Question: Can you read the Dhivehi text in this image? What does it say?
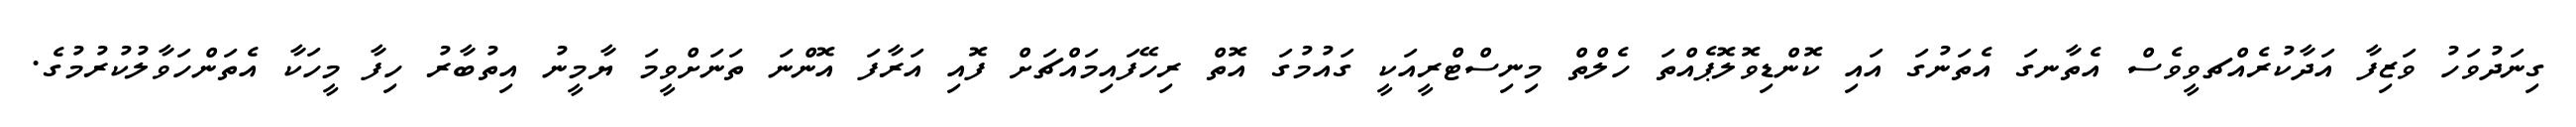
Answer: ގިނަދުވަހު ވަޒިފާ އަދާކުރެއްޗވީވެސް އެތާނގަ އެތަނުގަ އައި ކޮންޑިވޮލޮޕެއްތަ ހެލްތް މިނިސްޓްރީއަކީ ގައުމުގަ އޮތް ރިހޭފައިމައްޗަށް ފޮއި އަރާފަ އޮންނަ ތަނަށްވީމަ ޔާމީނު އިތުބާރު ހިފާ މީހަކާ އެތަންހަވާލުކުރުމުގެ.